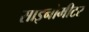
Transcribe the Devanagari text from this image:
साइनोमीटर